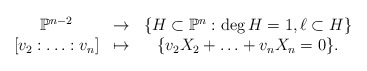
\begin{align*} \begin{matrix} \mathbb{P}^{n-2} &\rightarrow &\{H\subset\mathbb{P}^{n}:\deg H=1,\ell\subset H\}\\ [v_{2}:\ldots:v_{n}] &\mapsto & \{v_{2}X_{2}+\ldots+v_{n}X_{n}=0\}. \end{matrix} \end{align*}